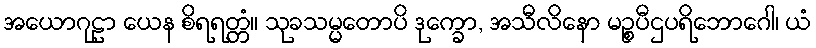
အယောဂုဠာ ယေန စိရရတ္တံ။ သုခသမ္မတောပိ ဒုက္ခော, အသီလိနော မဉ္စပီဌပရိဘောဂေါ၊ ယံ